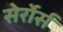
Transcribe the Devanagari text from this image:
सेर्रोर्स